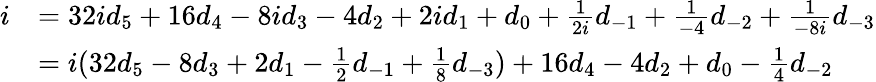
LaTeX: {\begin{array}{rl}{i}&{=32id_{5}+16d_{4}-8id_{3}-4d_{2}+2id_{1}+d_{0}+{\frac{1}{2i}}d_{-1}+{\frac{1}{-4}}d_{-2}+{\frac{1}{-8i}}d_{-3}}\\ &{=i(32d_{5}-8d_{3}+2d_{1}-{\frac{1}{2}}d_{-1}+{\frac{1}{8}}d_{-3})+16d_{4}-4d_{2}+d_{0}-{\frac{1}{4}}d_{-2}}\end{array}}